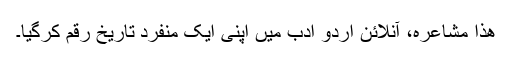
ھٰذا مشاعرہ، آنلائن اردو ادب میں اپنی ایک منفرد تاریخ رقم کرگیا۔